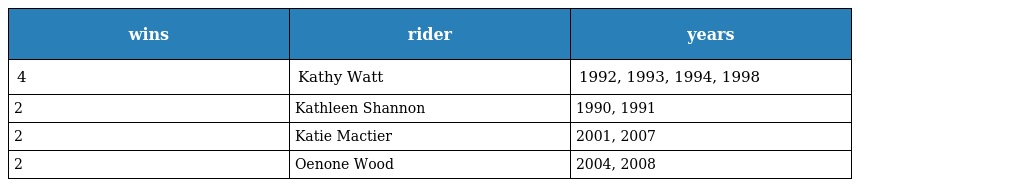
| wins | rider | years |
 | --- | --- | --- |
 | 4 | Kathy Watt | 1992, 1993, 1994, 1998 |
 | 2 | Kathleen Shannon | 1990, 1991 |
 | 2 | Katie Mactier | 2001, 2007 |
 | 2 | Oenone Wood | 2004, 2008 |